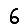
Digit: 6